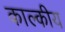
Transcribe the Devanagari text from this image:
काल्कीय